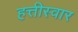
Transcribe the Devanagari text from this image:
हत्तीस्वार